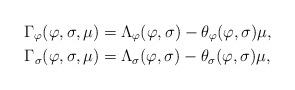
LaTeX: \begin{align*}\Gamma_{\varphi}(\varphi,\sigma,\mu) &= \Lambda_{\varphi}(\varphi,\sigma)-\theta_{\varphi}(\varphi,\sigma)\mu,\\\Gamma_{\sigma}(\varphi,\sigma,\mu) &= \Lambda_{\sigma}(\varphi,\sigma)-\theta_{\sigma}(\varphi,\sigma)\mu,\end{align*}